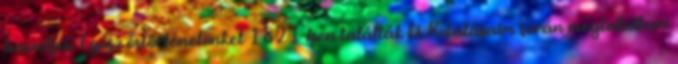
beszéljek. Egész őstörténetünket 1821-ben találták ki. Kutatásaim során megtaláltam